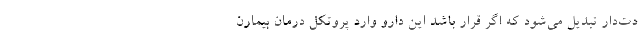
دت‌دار تبدیل می‌شود که اگر قرار باشد این دارو وارد پروتکل درمان بیمارن